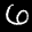
Label: 6